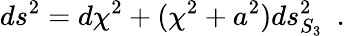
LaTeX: ds^{2}=d\chi^{2}+(\chi^{2}+a^{2})ds_{S_{3}}^{2}~~.